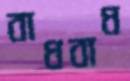
বাধবাধ